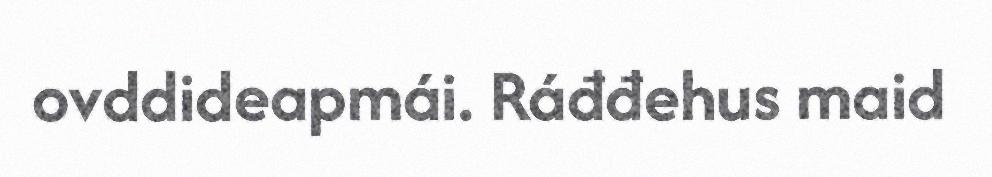
ovddideapmái. Ráđđehus maid